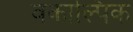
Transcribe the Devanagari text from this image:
वकाल्पिक